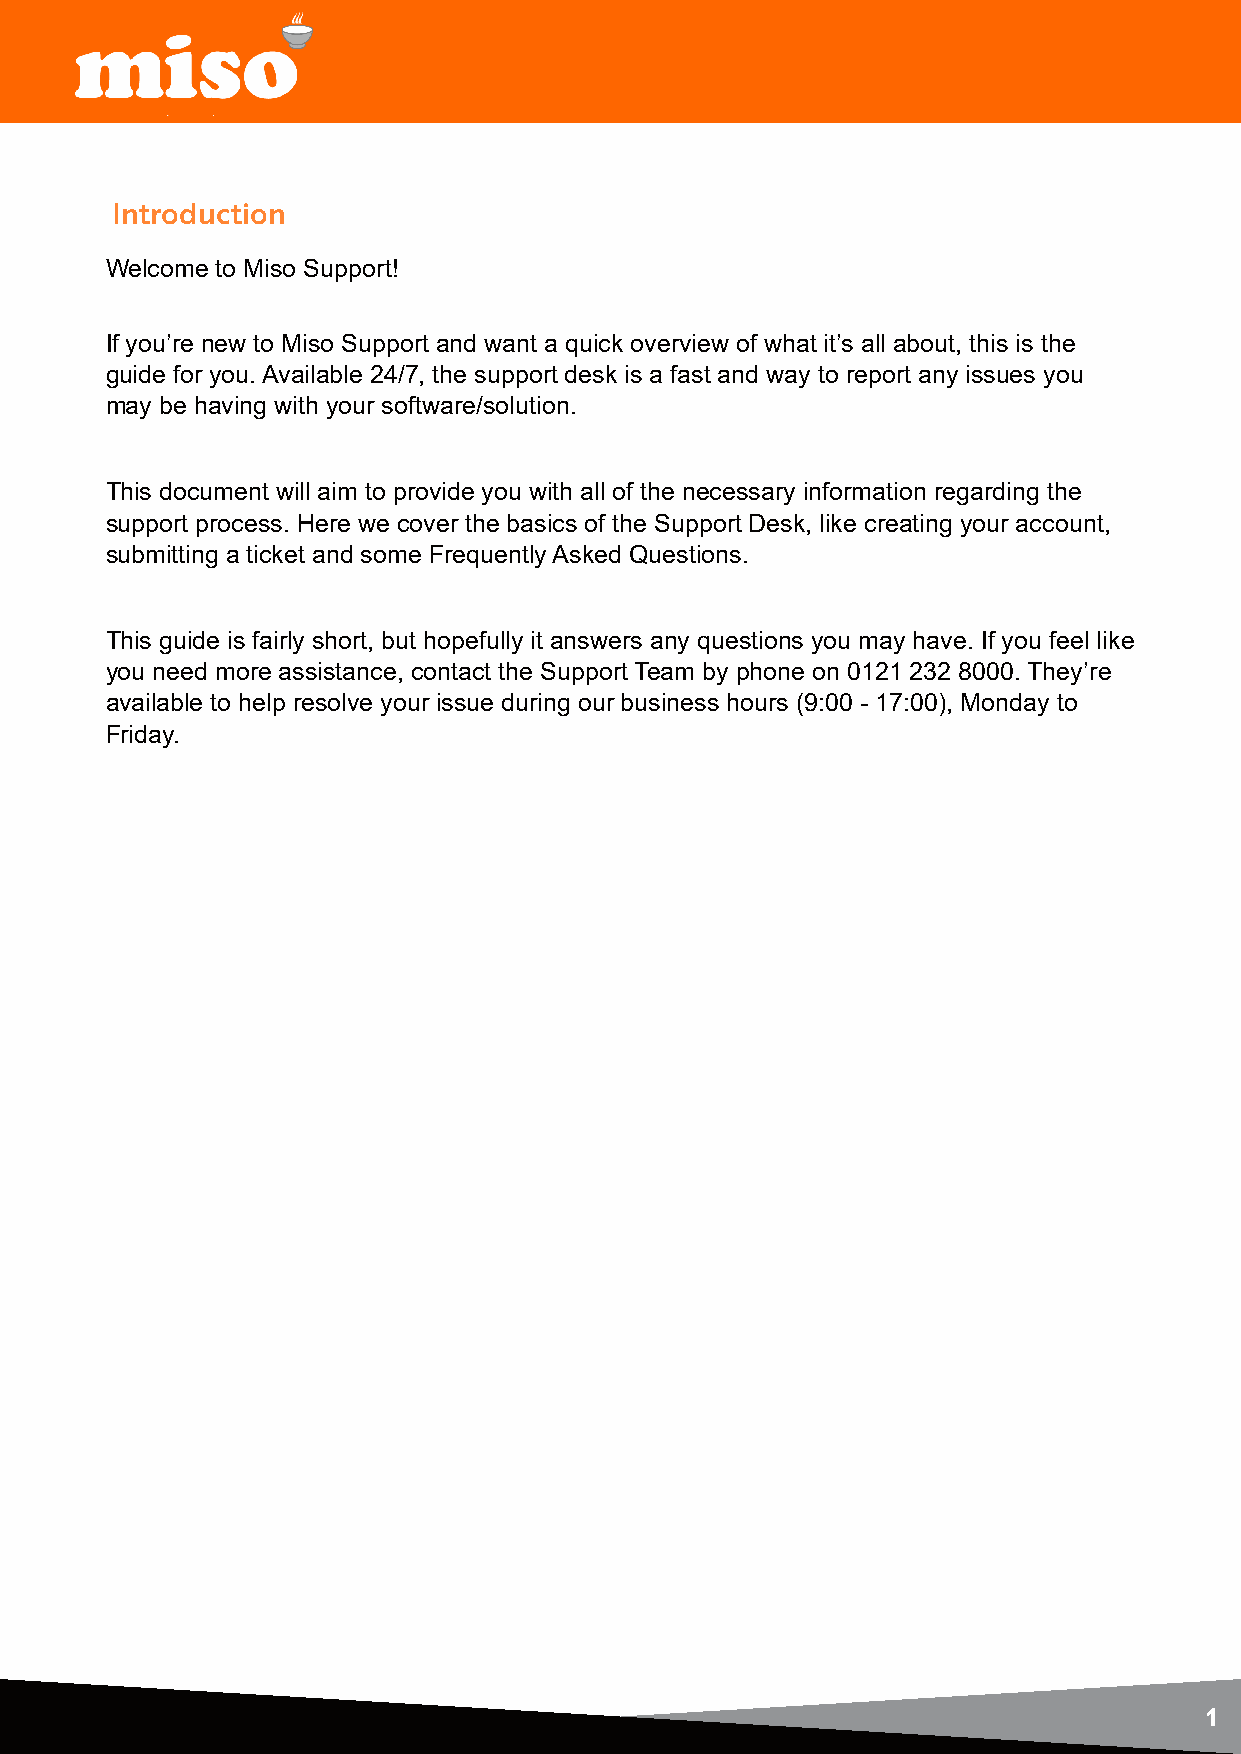
Introduction
 Welcome to Miso Support!
 If you’re new to Miso Support and want a quick overview of what it’s all about, this is the
 guide for you. Available 24/7, the support desk is a fast and way to report any issues you
 may be having with your software/solution.
 This document will aim to provide you with all of the necessary information regarding the
 support process. Here we cover the basics of the Support Desk, like creating your account,
 submitting a ticket and some Frequently Asked Questions.
 This guide is fairly short, but hopefully it answers any questions you may have. If you feel like
 you need more assistance, contact the Support Team by phone on 0121 232 8000. They’re
 available to help resolve your issue during our business hours (9:00 - 17:00), Monday to
 Friday.
 1